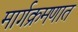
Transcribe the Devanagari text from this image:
मार्गक्रमणात